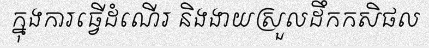
ក្នុងការធ្វើដំណើរ និងងាយស្រួលដឹកកសិផល